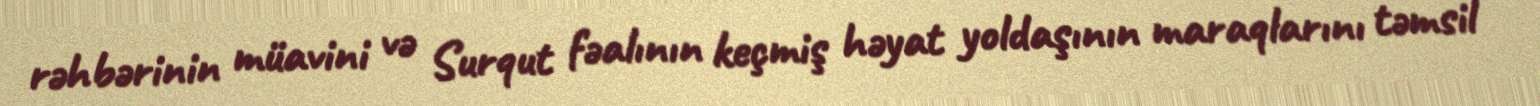
rəhbərinin müavini və Surqut fəalının keçmiş həyat yoldaşının maraqlarını təmsil